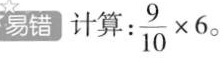
易错 计算： $$\frac { 9 } { 1 0 } \times 6。$$